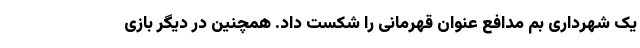
یک شهرداری بم مدافع عنوان قهرمانی را شکست داد. همچنین در دیگر بازی